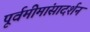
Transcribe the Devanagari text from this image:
पूर्वमीमांसादर्शन